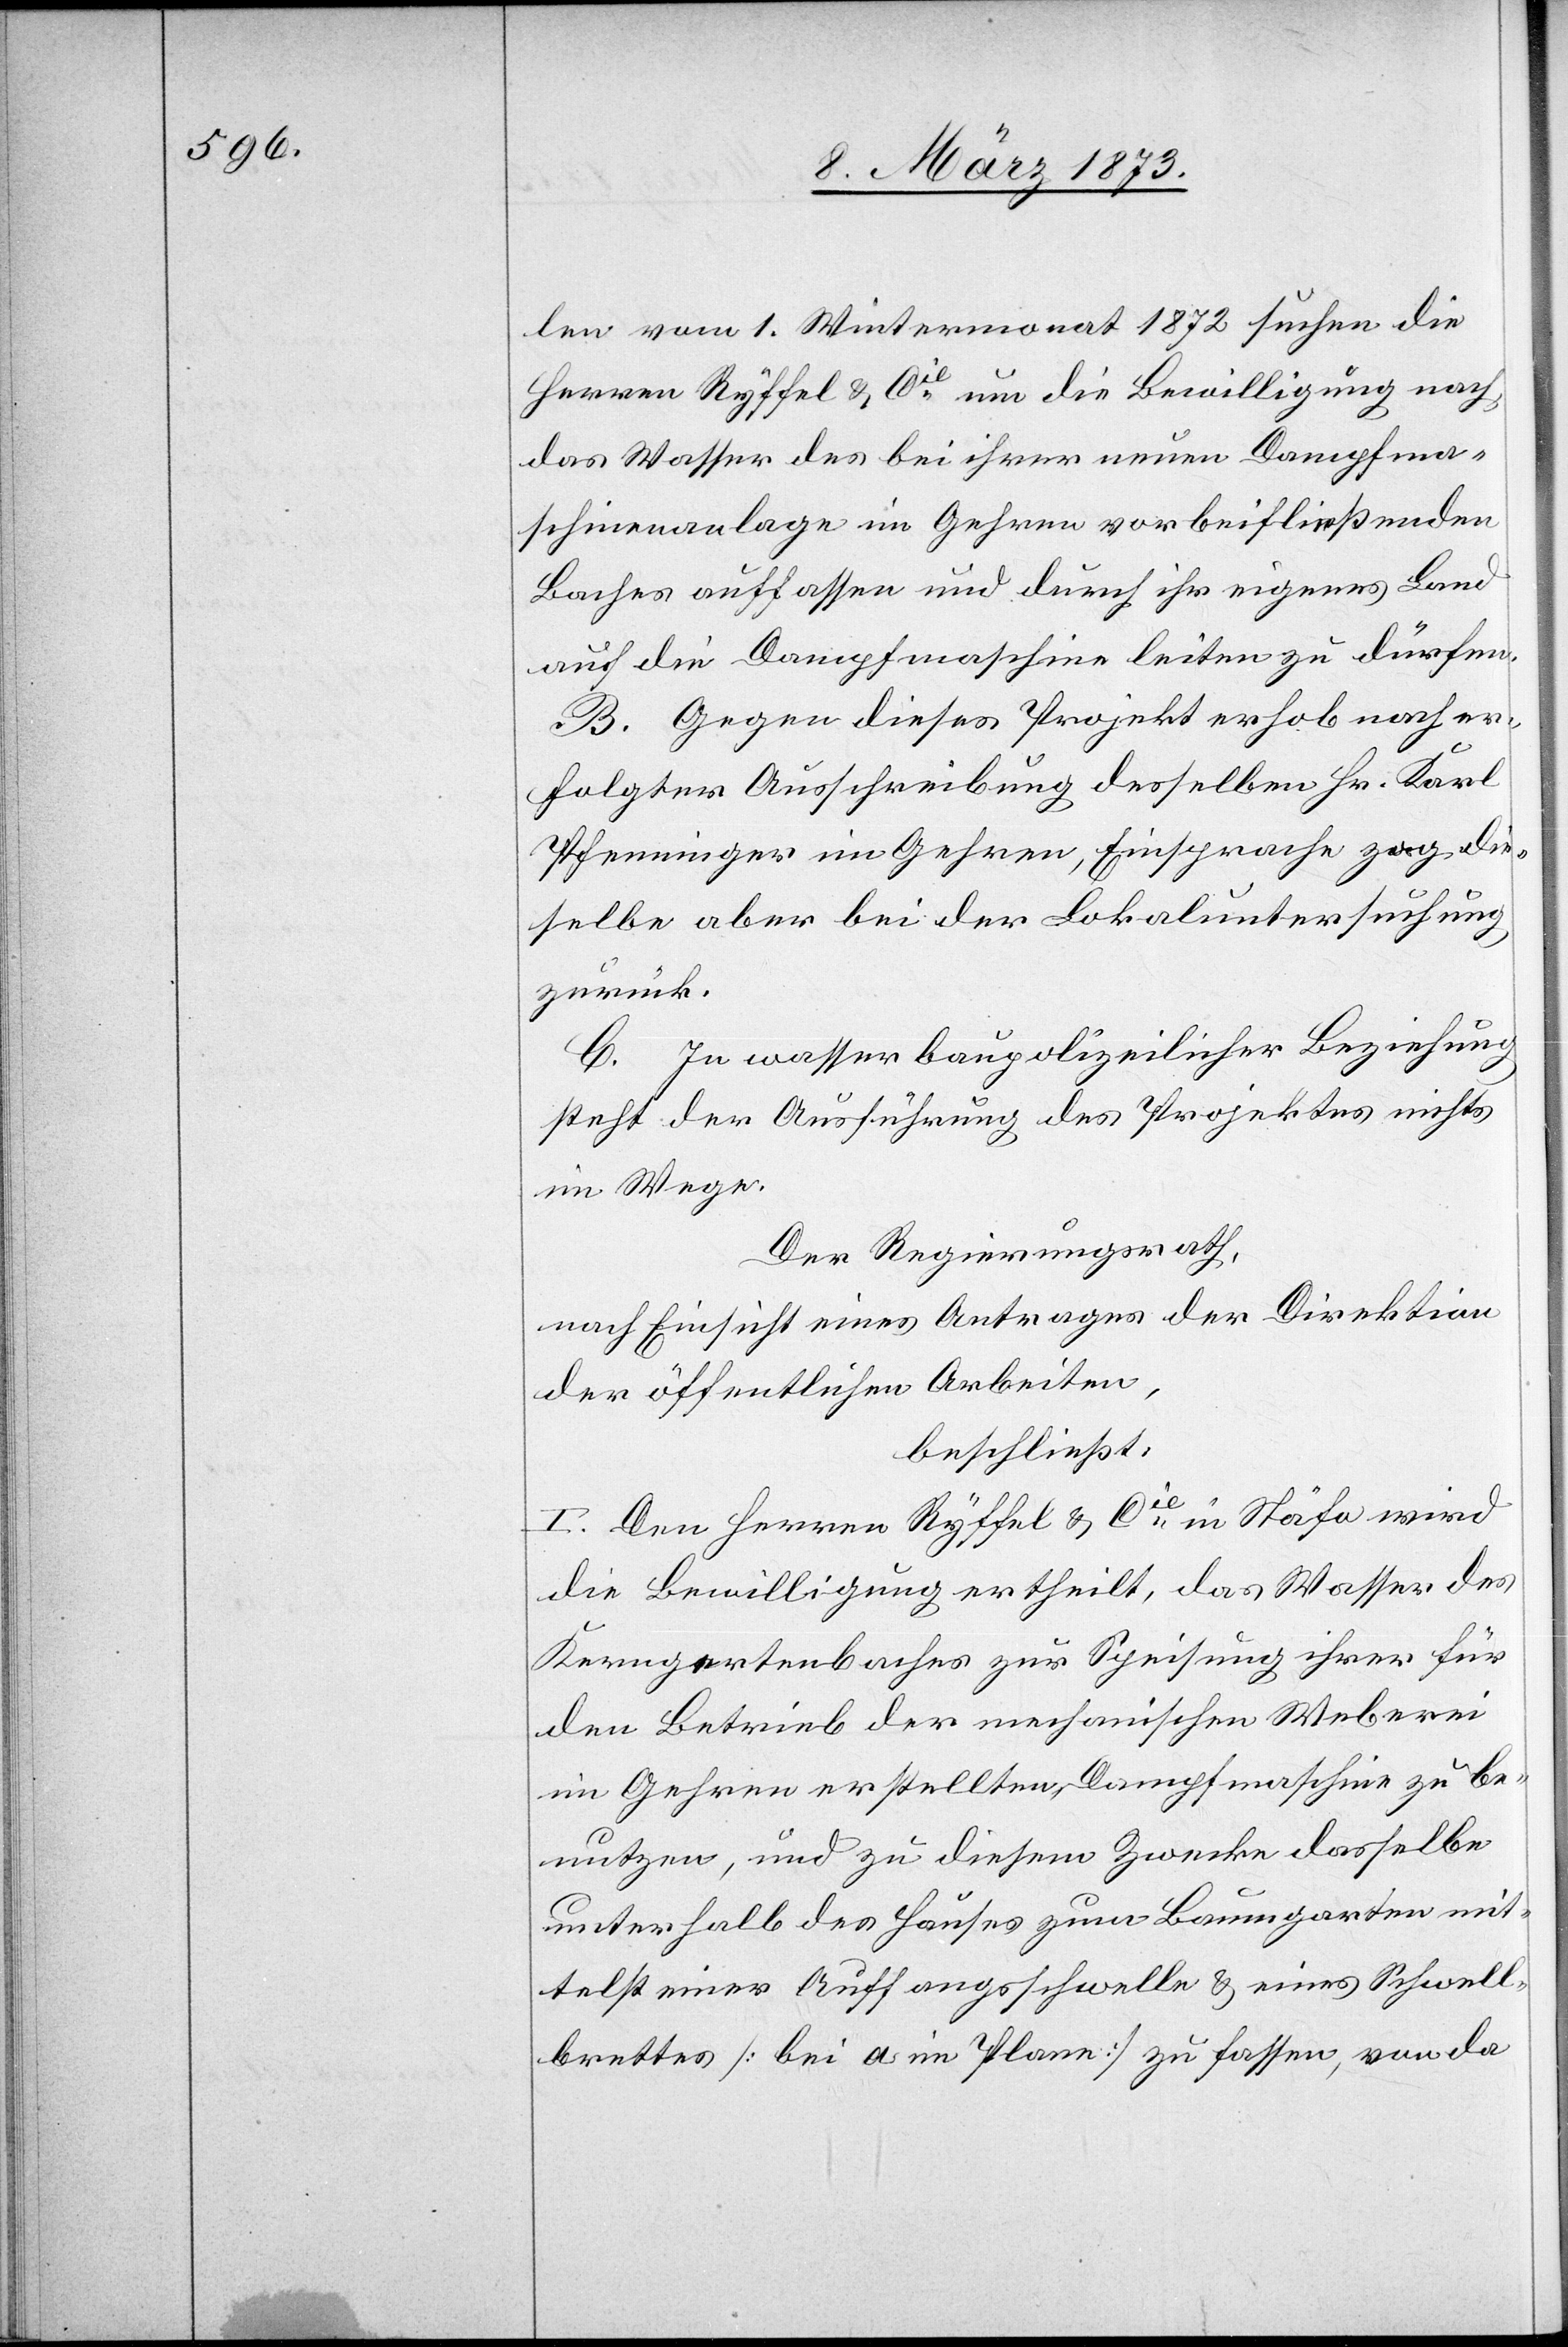
len vom 1. Wintermonat 1872 suchen die
Herren Ryffel u. Cie um die Bewilligung nach,
das Wasser des bei ihrer neuen Dampfma¬
schinenanlage im Gehren vorbeifließenden
Baches auffassen und durch ihr eigenes Land
auf die Dampfmaschine leiten zu dürfen.
B. Gegen dieses Projekt erhob nach er¬
folgter Ausschreibung desselben Hr. Karl
Pfenninger im Gehren, Einsprache[,] zog die¬
selbe aber bei der Lokaluntersuchung
zurück.
C. In wasserbaupolizeilicher Beziehung
steht der Ausführung des Projektes nichts
im Wege.
Der Regierungsrath,
nach Einsicht eines Antrages der Direktion
der öffentlichen Arbeiten,
beschließt:
I. Den Herren Ryffel u. Cie in Stäfa wird
die Bewilligung ertheilt, das Wasser des
Kerngertenbaches zur Speisung ihrer für
den Betrieb der mechanischen Weberei
im Gehren erstellten Dampfmaschine zu be¬
nutzen, und zu diesem Zwecke dasselbe
unterhalb des Hauses zum Baumgarten mit¬
telst einer Auffangsschwelle u. eines Schwell¬
brettes [bei a im Plane] zu fassen, von da